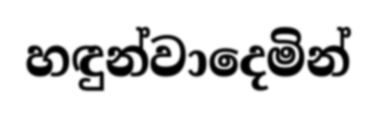
හඳුන්වාදෙමින්